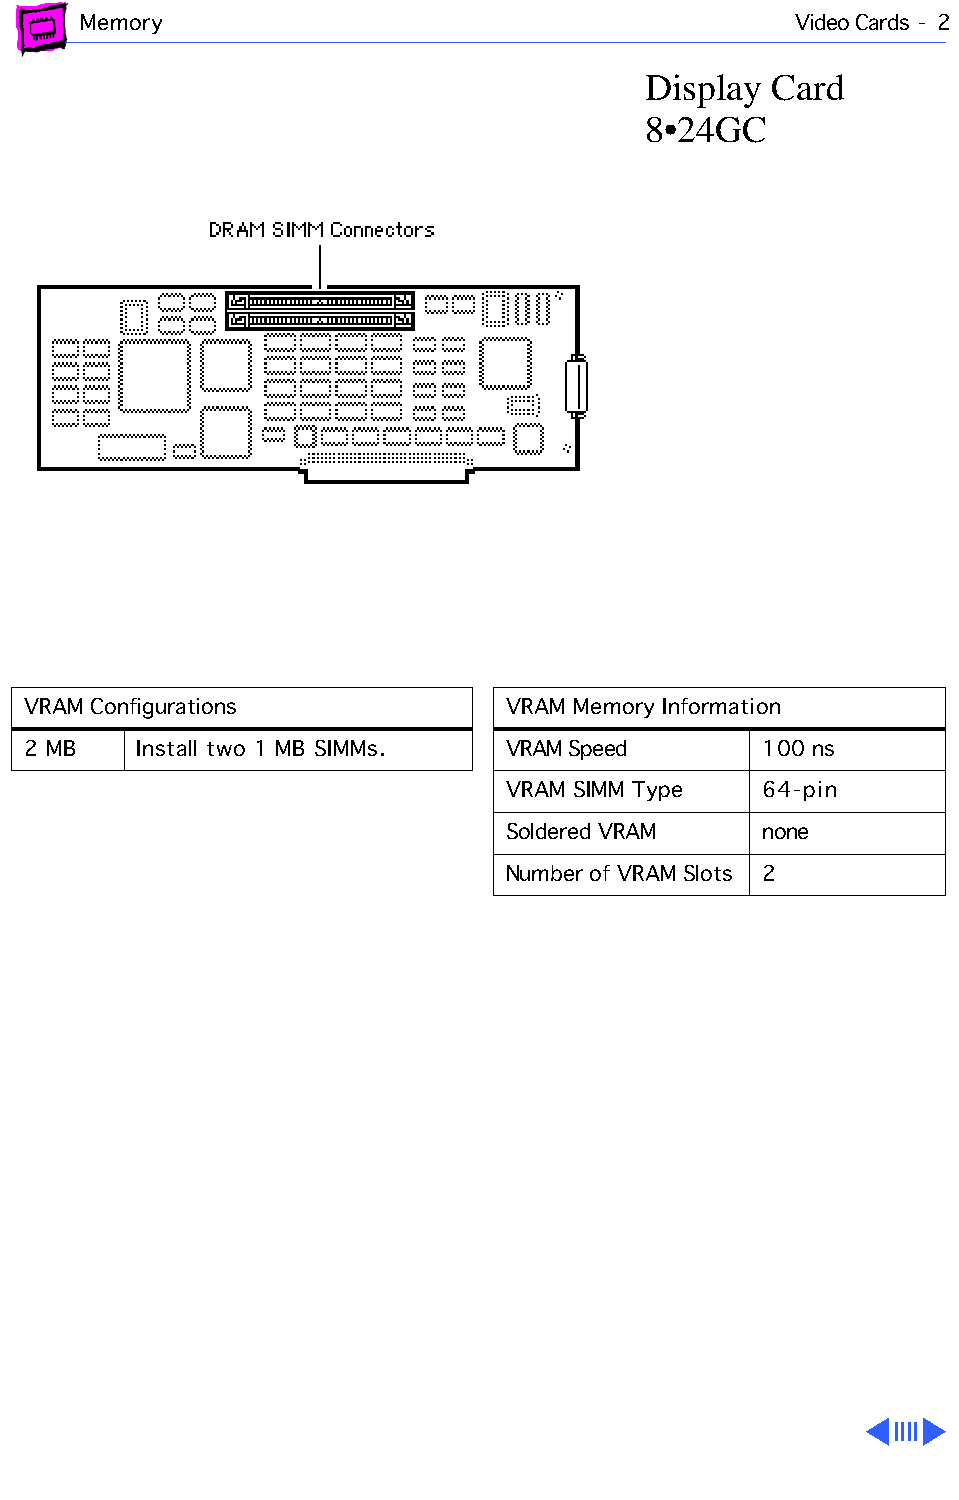
Memory                                         Video Cards - 2
 Display  Card
 8•24GC
 VRAM Configurations             VRAM Memory Information
 2 MB    Install two 1 MB SIMMs. VRAM Speed       100 ns
 VRAM SIMM Type   64-pin
 Soldered VRAM    none
 Number of VRAM Slots 2